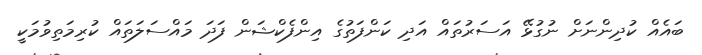
ބައެއް ކުދިންނަށް ނުގުޅޭ އަސަރުތައް އަދި ކަންފަތުގެ އިންފެކްޝަން ފަދަ މައްސަލަތައް ކުރިމަތިވުމަކީ